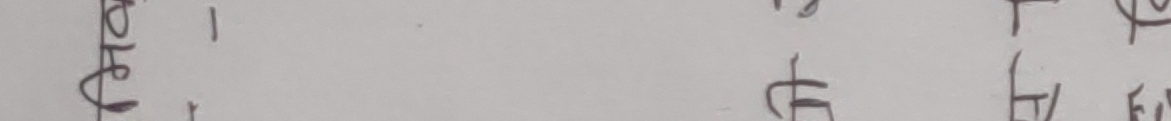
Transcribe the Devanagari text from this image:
हेल्लो १